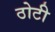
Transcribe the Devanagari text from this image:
ठोटी